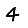
Digit: 4